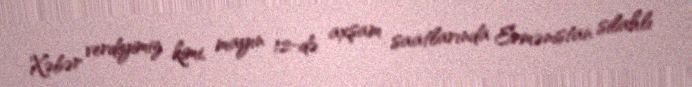
Xəbər verdiyimiz kimi, mayın 12-də axşam saatlarında Ermənistan silahlı